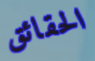
الحقائق